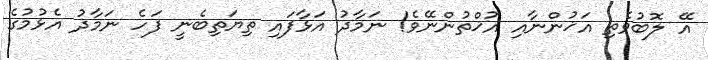
އޭ ލޮބުވެތި އަޚުންނާއި އުޚްތުންނޭވެ! ނަމާދު އަޅާފައި ތިޔަތިބެނީ ފަހެ ނަމާދު އެޅުމުގެ